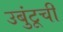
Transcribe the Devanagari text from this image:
उबुंटूची